Scientific memoirs by medical officers of the Army of India - Part XI,
Year: 1898
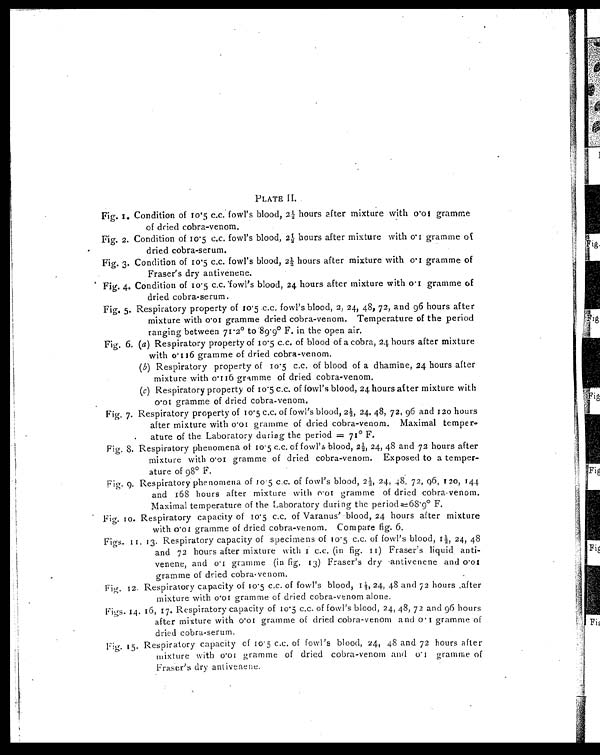
PLATE II.
Fig. 1. Condition of 10.5 c.c. fowl's blood, 2½ hours after mixture with 0.01 gramme
of dried cobra-venom.
Fig. 2. Condition of 10.5 c.c. fowl's blood, 2½ hours after mixture with 0.1 gramme of
dried cobra-serum.
Fig. 3. Condition of 10.5 c.c. fowl's blood,2½ hours after mixture with 0.1 gramme of
Fraser's dry antivénene.
Fig. 4. Condition of 10.5 c.c. fowl's blood, 24 hours after mixture with 0.1 gramme of
dried cobra-serum.
Fig. 5. Respiratory property of 10.5 c.c. fowl's blood,and g6 hours after
2, 24, 48, 72,
mixture with 0 . 01 gramme dried cobra-venom. Temperature of the period
ranging between 71 . 2° to 89.9° F. in the open air.
Fig. 6. (a ) Respiratory property of 10.5 c.c. of blood of a cobra, 24 hours after mixture
with 0.116 gramme of dried cobra-venom.
(b) Respiratory property of 10.5 c.c. of blood of a dhamine, 24 hours after
mixture with 0 . 116 gramme of dried cobra-venom.
(c) Respiratory property of 10.5 c. c. of fowl's blood, 24 hours after mixture with
0.01 gramme of dried cobra-venom.
Fig. 7. Respiratory property of 10.5 c.c, of fowl's blood, 2½, 24, 48, 72, 96 and 120 hours
after mixture with 0.01 gramme of dried cobra-venom. Maximal temper
- ature of the Laboratory during the period =71° F.
Fig. 8. Respiratory phenomena of 10.5 c.c. of fowl's blood, 2½, 24, 48 and 72 hours after
mixture with 0.01 gramme of dried cobra-venom. Exposed to a temper-
ature of 98° F.
Fig. 9. Respiratory phenomena of 10. 5 c.c. of fowl's blood,2½, 24, 48, 72, 96, 120 , 144
and 168 hours after mixture with 0.01 gramme of dried cobra-venom.
Maximal temperature of the Laboratory during the period=68.9° F.
Fig. 10. Respiratory capacity of 10.5 c.c. of Varanus' blood, 24 hours after mixture
with 0.01 gramme of dried cobra-venom. Compare fig. 6.
Figs. 11. 13. Respiratory capacity of specimens of 10.5 c.c. of fowl's blood, 1½ 24, 48
and 72 hours after mixture with 1 c.c. (in fig. 11) Fraser's liquid anti-
venene, and 0.1 gramme (in fig. 13) Fraser's dry antivenene and 0.01
gramme of dried cobra-venom.
Fig. 12. Respiratory capacity of 10.5 c.c. of fowl's blood, 1½, 24, 48 and 72 hours after
mixture with 0.01 gramme of dried cobra-venom alone.
Figs. 14. 16, 17. Respiratory capacity of 10.5 c.c. of fowl's blood, 24, 48, 72 and 96 hours
after mixture with 0 . 01 gramme of dried cobra-venom and 0.1 gramme of
dried cobra-serum.
Fig. 15. Respiratory capacity of 10.5 c.c. of fowl's blood, 24, 48 and 72 hours after
mixture with 0.01 gramme of dried cobra-venom and 0.1 gramme of
Fraser's dry antivenene.